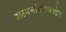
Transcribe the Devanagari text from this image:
नाट्यमंदिराबाहेर